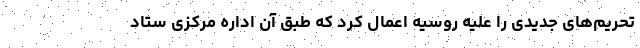
تحریم‌های جدیدی را علیه روسیه اعمال کرد که طبق آن اداره مرکزی ستاد